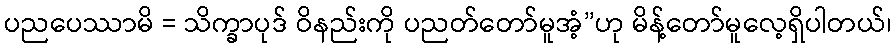
ပညပေဿာမိ = သိက္ခာပုဒ် ဝိနည်းကို ပညတ်တော်မူအံ့”ဟု မိန့်တော်မူလေ့ရှိပါတယ်၊